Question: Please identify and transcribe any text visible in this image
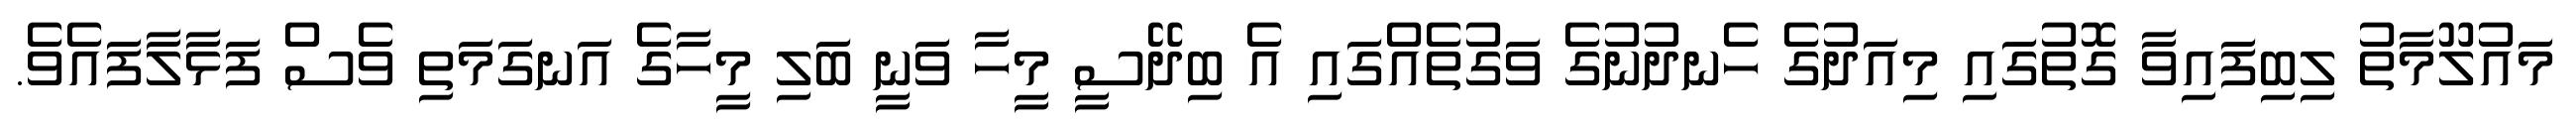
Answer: މައުލޫމާތު ލިބިފައިވާ ގޮތުގައި މިއަދުގެ ހެނދުނުގެ ވަގުތެއްގައި އެ ބިދޭސީ މީހާ ވަނީ ބަލި މީހާގެ އަނގަމަތި ވެސް ފަޅާލާފައެވެ.